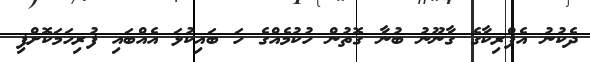
ދެކުނު އެފްރިކާގެ ގާނޫނު ބުނާ ގޮތުން ހުކުމެއްގެ ހަ ބައިކުޅަ އެއްބައި ފުރިހަމަކޮށްފި